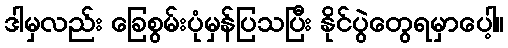
ဒါမှလည်း ခြေစွမ်းပုံမှန်ပြသပြီး နိုင်ပွဲတွေရမှာပေါ့။